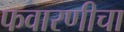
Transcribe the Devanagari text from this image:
फवारणीचा